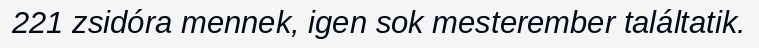
221 zsidóra mennek, igen sok mesterember találtatik.